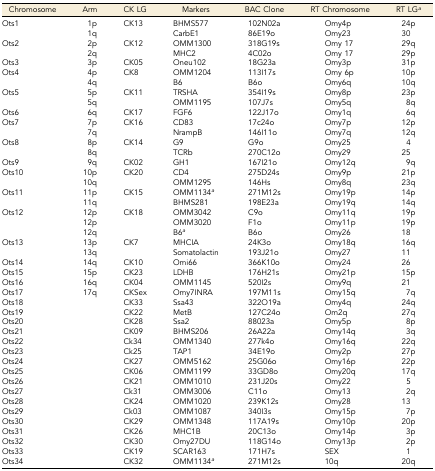
<table><thead><tr><td><b>Chromosome</b></td><td><b>Arm</b></td><td><b>CK LG</b></td><td><b>Markers</b></td><td><b>BAC Clone</b></td><td><b>RT Chromosome</b></td><td><b>RT LG<i><sup>a</sup></i></b></td></tr></thead><tbody><tr><td>Ots1</td><td>1p</td><td>CK13</td><td>BHMS577</td><td>102N02a</td><td>Omy4p</td><td>24p</td></tr><tr><td></td><td>1q</td><td></td><td>CarbE1</td><td>86E19o</td><td>Omy23</td><td>30</td></tr><tr><td>Ots2</td><td>2p</td><td>CK12</td><td>OMM1300</td><td>318G19s</td><td>Omy 17</td><td>29q</td></tr><tr><td></td><td>2q</td><td></td><td>MHC2</td><td>4C02o</td><td>Omy 17</td><td>29p</td></tr><tr><td>Ots3</td><td>3p</td><td>CK05</td><td>Oneu102</td><td>18G23a</td><td>Omy3p</td><td>31p</td></tr><tr><td>Ots4</td><td>4p</td><td>CK8</td><td>OMM1204</td><td>113I17s</td><td>Omy 6p</td><td>10p</td></tr><tr><td></td><td>4q</td><td></td><td>B6</td><td>B6o</td><td>Omy6q</td><td>10q</td></tr><tr><td>Ots5</td><td>5p</td><td>CK11</td><td>TRSHA</td><td>354I19s</td><td>Omy8p</td><td>23p</td></tr><tr><td></td><td>5q</td><td></td><td>OMM1195</td><td>107J7s</td><td>Omy5q</td><td>8q</td></tr><tr><td>Ots6</td><td>6q</td><td>CK17</td><td>FGF6</td><td>122J17o</td><td>Omy1q</td><td>6q</td></tr><tr><td>Ots7</td><td>7p</td><td>CK16</td><td>CD83</td><td>17c24o</td><td>Omy7p</td><td>12p</td></tr><tr><td></td><td>7q</td><td></td><td>NrampB</td><td>146I11o</td><td>Omy7q</td><td>12q</td></tr><tr><td>Ots8</td><td>8p</td><td>CK14</td><td>G9</td><td>G9o</td><td>Omy25</td><td>4</td></tr><tr><td></td><td>8q</td><td></td><td>TCRb</td><td>270C12o</td><td>Omy29</td><td>25</td></tr><tr><td>Ots9</td><td>9q</td><td>CK02</td><td>GH1</td><td>167I21o</td><td>Omy12q</td><td>9q</td></tr><tr><td>Ots10</td><td>10p</td><td>CK20</td><td>CD4</td><td>275D24s</td><td>Omy9p</td><td>21p</td></tr><tr><td></td><td>10q</td><td></td><td>OMM1295</td><td>146Hs</td><td>Omy8q</td><td>23q</td></tr><tr><td>Ots11</td><td>11p</td><td>CK15</td><td>OMM1134<i><sup>a</sup></i></td><td>271M12s</td><td>Omy19p</td><td>14p</td></tr><tr><td></td><td>11q</td><td></td><td>BHMS281</td><td>198E23a</td><td>Omy19q</td><td>14q</td></tr><tr><td>Ots12</td><td>12p</td><td>CK18</td><td>OMM3042</td><td>C9o</td><td>Omy11q</td><td>19p</td></tr><tr><td></td><td>12p</td><td></td><td>OMM3020</td><td>F1o</td><td>Omy11p</td><td>19p</td></tr><tr><td></td><td>12q</td><td></td><td>B6<i><sup>a</sup></i></td><td>B6o</td><td>Omy26</td><td>18</td></tr><tr><td>Ots13</td><td>13p</td><td>CK7</td><td>MHCIA</td><td>24K3o</td><td>Omy18q</td><td>16q</td></tr><tr><td></td><td>13q</td><td></td><td>Somatolactin</td><td>193J21o</td><td>Omy27</td><td>11</td></tr><tr><td>Ots14</td><td>14q</td><td>CK10</td><td>Omi66</td><td>366K10o</td><td>Omy24</td><td>26</td></tr><tr><td>Ots15</td><td>15p</td><td>CK23</td><td>LDHB</td><td>176H21s</td><td>Omy21p</td><td>15p</td></tr><tr><td>Ots16</td><td>16q</td><td>CK04</td><td>OMM1145</td><td>520I2s</td><td>Omy9q</td><td>21</td></tr><tr><td>Ots17</td><td>17q</td><td>CKSex</td><td>Omy7INRA</td><td>197M11s</td><td>Omy15q</td><td>7q</td></tr><tr><td>Ots18</td><td></td><td>CK33</td><td>Ssa43</td><td>322O19a</td><td>Omy4q</td><td>24q</td></tr><tr><td>Ots19</td><td></td><td>CK22</td><td>MetB</td><td>127C24o</td><td>Om2q</td><td>27q</td></tr><tr><td>Ots20</td><td></td><td>CK28</td><td>Ssa2</td><td>88023a</td><td>Omy5p</td><td>8p</td></tr><tr><td>Ots21</td><td></td><td>CK09</td><td>BHMS206</td><td>26A22a</td><td>Omy14q</td><td>3q</td></tr><tr><td>Ots22</td><td></td><td>Ck34</td><td>OMM1340</td><td>277k4o</td><td>Omy16q</td><td>22q</td></tr><tr><td>Ots23</td><td></td><td>Ck25</td><td>TAP1</td><td>34E19o</td><td>Omy2p</td><td>27p</td></tr><tr><td>Ots24</td><td></td><td>CK27</td><td>OMM5162</td><td>25G06o</td><td>Omy16p</td><td>22p</td></tr><tr><td>Ots25</td><td></td><td>CK06</td><td>OMM1199</td><td>33GD8o</td><td>Omy20q</td><td>17q</td></tr><tr><td>Ots26</td><td></td><td>CK21</td><td>OMM1010</td><td>231J20s</td><td>Omy22</td><td>5</td></tr><tr><td>Ots27</td><td></td><td>Ck31</td><td>OMM3006</td><td>C11o</td><td>Omy13</td><td>2q</td></tr><tr><td>Ots28</td><td></td><td>CK24</td><td>OMM1020</td><td>239K12s</td><td>Omy28</td><td>13</td></tr><tr><td>Ots29</td><td></td><td>Ck03</td><td>OMM1087</td><td>340I3s</td><td>Omy15p</td><td>7p</td></tr><tr><td>Ots30</td><td></td><td>CK29</td><td>OMM1348</td><td>117A19s</td><td>Omy10p</td><td>20p</td></tr><tr><td>Ots31</td><td></td><td>CK26</td><td>MHC1B</td><td>20C13o</td><td>Omy14p</td><td>3p</td></tr><tr><td>Ots32</td><td></td><td>CK30</td><td>Omy27DU</td><td>118G14o</td><td>Omy13p</td><td>2p</td></tr><tr><td>Ots33</td><td></td><td>CK19</td><td>SCAR163</td><td>171H7s</td><td>SEX</td><td>1</td></tr><tr><td>Ots34</td><td></td><td>CK32</td><td>OMM1134<i><sup>a</sup></i></td><td>271M12s</td><td>10q</td><td>20q</td></tr></tbody></table>